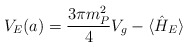
\begin{align*}V_{E} (a) = \frac{3 \pi m_P^2}{4} V_g - \langle \hat{H}_{E}\rangle\end{align*}